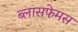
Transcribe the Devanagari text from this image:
ब्लासफेमस